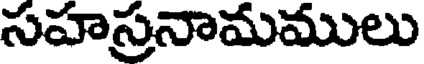
సహస్రనామములు